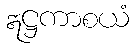
ဣဋ္ဌကာစယံ